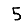
Digit: 5